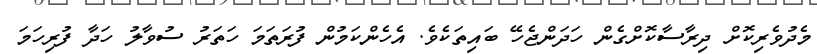
މެދުވެރިކޮށް ދިރާސާކޮށްގެން ހަދަންޖެހޭ ބައިތަކެވެ. އެހެންކަމުން ފުރަތަމަ ހަތަރު ސުވާލު ހަދާ ފުރިހަމަ